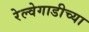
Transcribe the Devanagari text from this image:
रेल्वेगाडीच्या